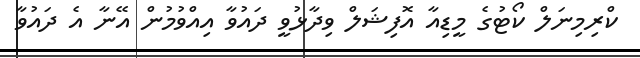
ކްރިމިނަލް ކޯޓުގެ މީޑިއާ އޮފިޝަލް ވިދާޅުވީ ދައުވާ އިއްވުމުން އޭނާ އެ ދައުވާ